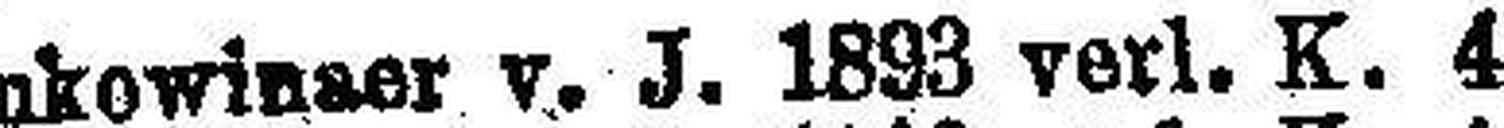
Bukowinser v. J. 1893 verl. K. 4